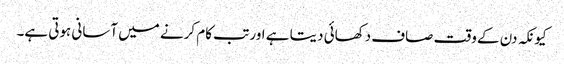
کیونکہ دن کے وقت صاف دکھائی دیتا ہے اور تب کام کرنے میں آسانی ہوتی ہے۔